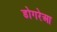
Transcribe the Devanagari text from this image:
डोगरेआ